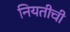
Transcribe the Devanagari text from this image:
नियतीची